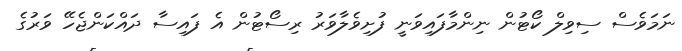
ނަމަވެސް ސިވިލް ކޯޓުން ނިންމާފައިވަނީ ފުށިވެލާވަރު ރިސޯޓުން އެ ފައިސާ ދައްކަންޖެހޭ ވަރުގެ